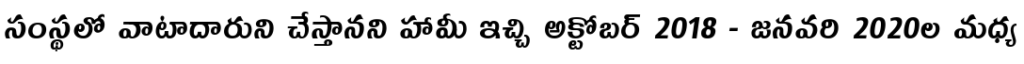
సంస్థలో వాటాదారుని చేస్తానని హామీ ఇచ్చి అక్టోబర్ 2018 - జనవరి 2020ల మధ్య